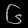
Digit: ၆